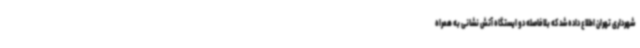
شهرداری تهران اطلاع داده شد که بلافاصله دو ایستگاه آتش نشانی به همراه